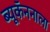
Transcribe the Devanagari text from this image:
ब्यूकॅननाला